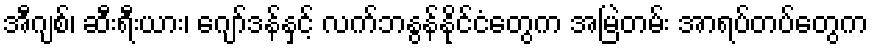
အီဂျစ်၊ ဆီးရီးယား၊ ဂျော်ဒန်နှင့် လက်ဘနွန်နိုင်ငံတွေက အမြဲတမ်း အာရပ်တပ်တွေက